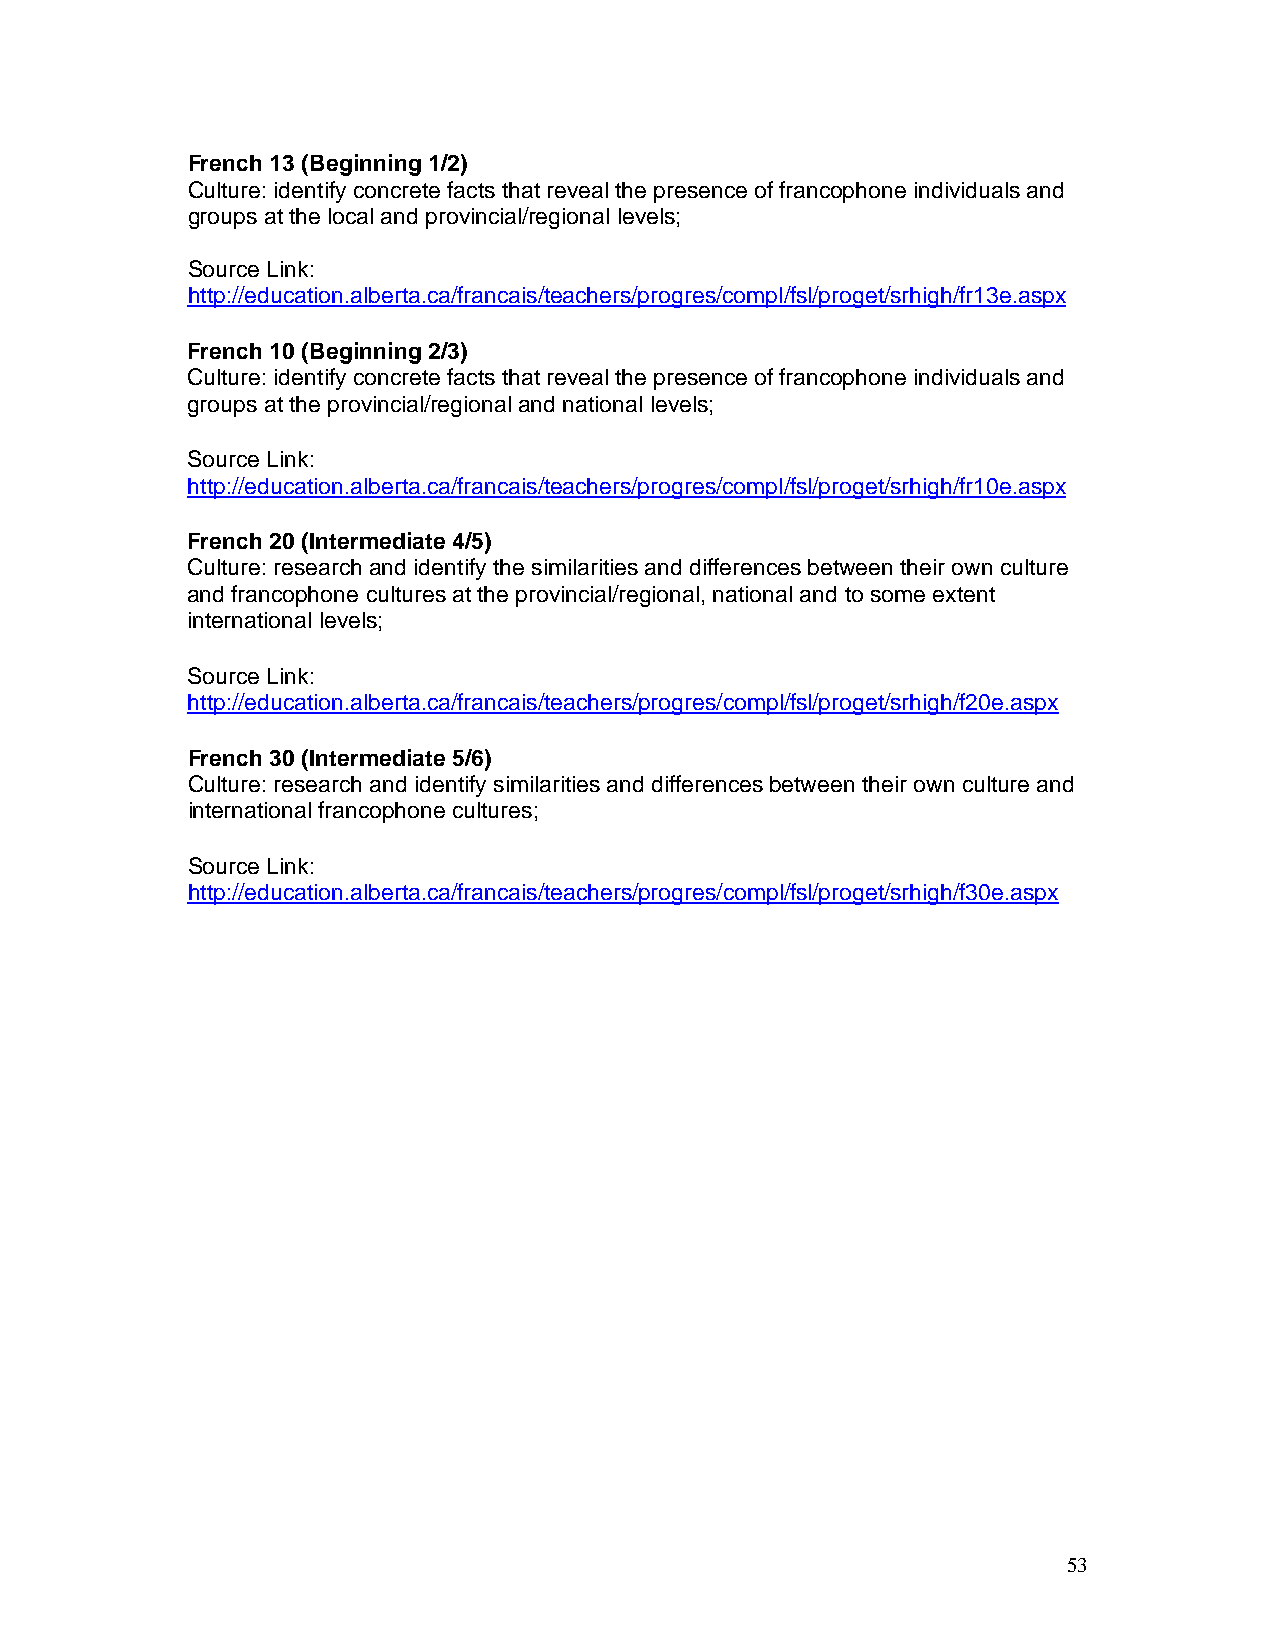
French 13 (Beginning 1/2)
 Culture: identify concrete facts that reveal the presence of francophone individuals and
 groups at the local and provincial/regional levels;
 Source Link:
 http://education.alberta.ca/francais/teachers/progres/compl/fsl/proget/srhigh/fr13e.aspx
 French 10 (Beginning 2/3)
 Culture: identify concrete facts that reveal the presence of francophone individuals and
 groups at the provincial/regional and national levels;
 Source Link:
 http://education.alberta.ca/francais/teachers/progres/compl/fsl/proget/srhigh/fr10e.aspx
 French 20 (Intermediate 4/5)
 Culture: research and identify the similarities and differences between their own culture
 and francophone cultures at the provincial/regional, national and to some extent
 international levels;
 Source Link:
 http://education.alberta.ca/francais/teachers/progres/compl/fsl/proget/srhigh/f20e.aspx
 French 30 (Intermediate 5/6)
 Culture: research and identify similarities and differences between their own culture and
 international francophone cultures;
 Source Link:
 http://education.alberta.ca/francais/teachers/progres/compl/fsl/proget/srhigh/f30e.aspx
 53